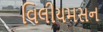
વિલીયમસન